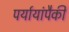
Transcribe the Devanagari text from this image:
पर्यायांपैकी